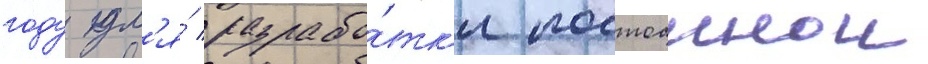
году дл'я́ разрабо́тк'и постоаннои